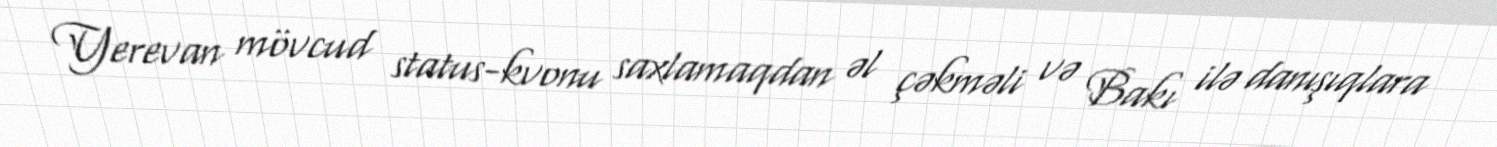
Yerevan mövcud status-kvonu saxlamaqdan əl çəkməli və Bakı ilə danışıqlara